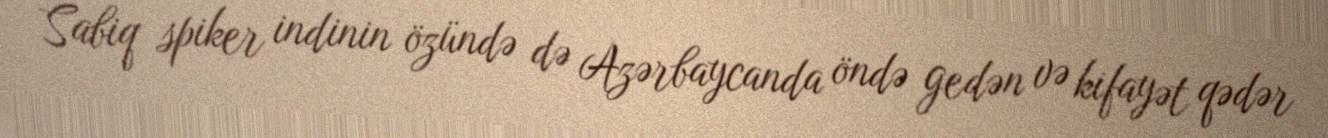
Sabiq spiker indinin özündə də Azərbaycanda öndə gedən və kifayət qədər